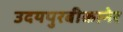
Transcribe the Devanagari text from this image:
उदयपुरबीकानेर